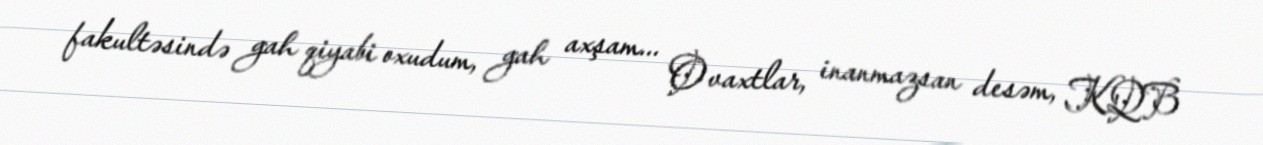
fakultəsində gah qiyabi oxudum, gah axşam... O vaxtlar, inanmazsan desəm, KQB